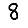
Digit: 8